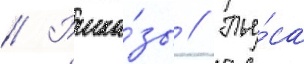
// Расска́зы // Пье́са